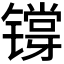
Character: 𬭷